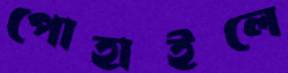
পোহাইলে